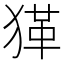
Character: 𤠇